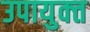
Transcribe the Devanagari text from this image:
उपायुक्‍त